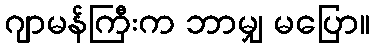
ဂျာမန်ကြီးက ဘာမျှ မပြော။